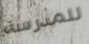
للمدرسة